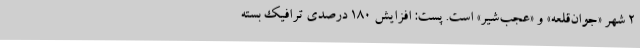
۲ شهر «جوان‌قلعه» و «عجب‌شیر» است. پست: افزایش ۱۸۰ درصدی ترافیک بسته